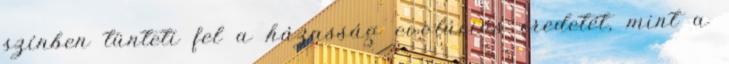
színben tünteti fel a házasság evolúciós eredetét, mint a